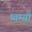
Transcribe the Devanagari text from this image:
ध्वम्सी